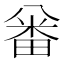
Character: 𠔪